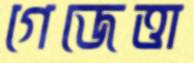
গেজেত্তা